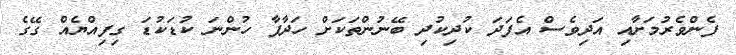
ފެންވެރުމަށާއި އަދިވެސް އެފަދަ ކުދިކުދި ބޭނުންތަކަށް ހަދާފާ ހުންނަ ކުޑަކުޑަ ގިފިއްޔެއް ގޭގެ